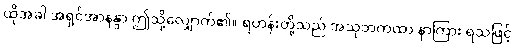
ထိုအခါ အရှင်အာနန္ဒာ ဤသို့လျှောက်၏။ ရဟန်းတို့သည် အသုဘကထာ နာကြား ရသဖြင့်